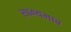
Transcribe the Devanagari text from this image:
साम्यभाव